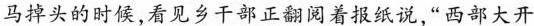
马掉头的时候，看见乡干部正翻阅着报纸说，“西部大开